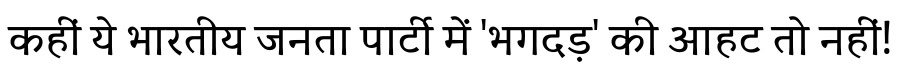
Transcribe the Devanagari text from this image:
कहीं ये भारतीय जनता पार्टी में 'भगदड़' की आहट तो नहीं!